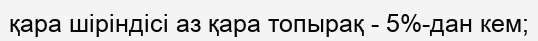
қара шіріндісі аз қара топырақ - 5%-дан кем;